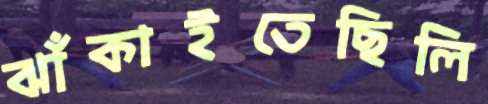
ঝাঁকাইতেছিলি